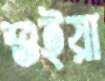
শুইয়া